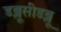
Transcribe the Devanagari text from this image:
डब्लूसीडब्लू